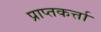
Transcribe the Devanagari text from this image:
प्राप्तकर्त्ता